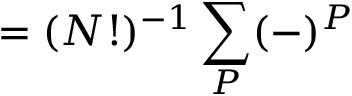
= ( N ! ) ^ { - 1 } \sum _ { \cal P } ( - ) ^ { \cal P }